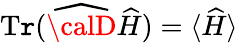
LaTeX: \operatorname{T\mathtt{r}}(\widehat{{\calD}}\widehat{{H}})=\langle\widehat{{H}}\rangle